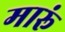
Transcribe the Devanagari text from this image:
मारूं